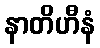
နာတိဟီနံ